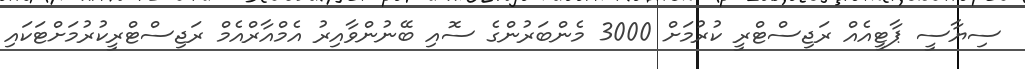
ސިޔާސީ ޕާޓީއެއް ރަޖިސްޓްރީ ކުރުމަށް 3000 މެންބަރުންގެ ސޮއި ބޭނުންވާއިރު އެމްއާރްއެމް ރަޖިސްޓްރީކުރުމަށްޓަކައި